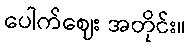
ပေါက်ဈေး အတိုင်း။